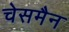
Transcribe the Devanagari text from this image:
चेसमैन